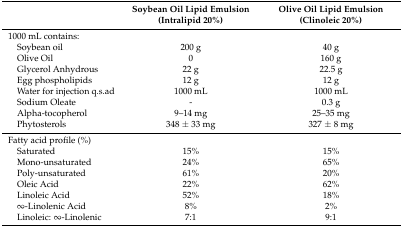
|  | Soybean Oil Lipid Emulsion (Intralipid 20%) | Olive Oil Lipid Emulsion (Clinoleic 20%) |
 | --- | --- | --- |
 | 1000 mL contains: |  |  |
 | Soybean oil | 200 g | 40 g |
 | Olive Oil | 0 | 160 g |
 | Glycerol Anhydrous | 22 g | 22.5 g |
 | Egg phospholipids | 12 g | 12 g |
 | Water for injection q.s.ad | 1000 mL | 1000 mL |
 | Sodium Oleate | - | 0.3 g |
 | Alpha-tocopherol | 9–14 mg | 25–35 mg |
 | Phytosterols | 348 ± 33 mg | 327 ± 8 mg |
 | Fatty acid profile (%) |  |  |
 | Saturated | 15% | 15% |
 | Mono-unsaturated | 24% | 65% |
 | Poly-unsaturated | 61% | 20% |
 | Oleic Acid | 22% | 62% |
 | Linoleic Acid | 52% | 18% |
 | ∞-Linolenic Acid | 8% | 2% |
 | Linoleic: ∞-Linolenic | 7:1 | 9:1 |